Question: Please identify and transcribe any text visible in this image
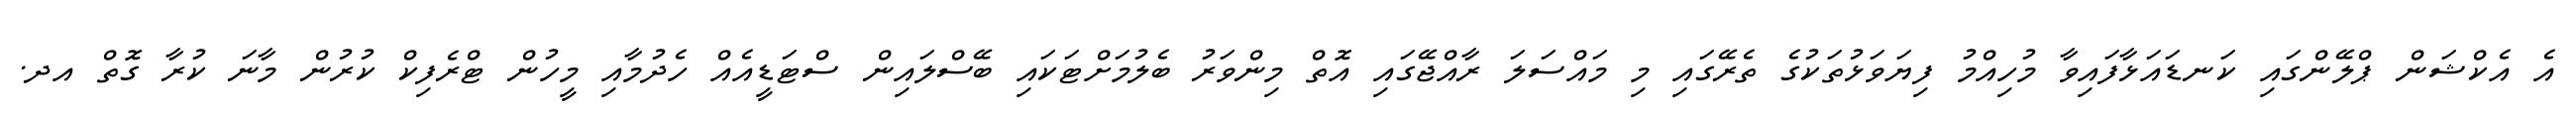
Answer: އެ އެކްޝަން ޕްލޭންގައި ކަނޑައަޅާފައިވާ މުހިއްމު ފިޔަވަޅުތަކުގެ ތެރޭގައި މި މައްސަލަ ރާއްޖޭގައި އޮތް މިންވަރު ބެލުމަށްޓަކައި ބޭސްލައިން ސްޓަޑީއެއް ހެދުމާއި މީހުން ޓްރެފިކް ކުރުން މާނަ ކުރާ ގޮތް އދ.